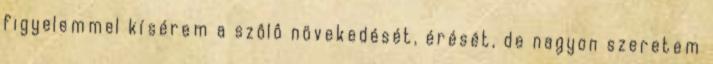
figyelemmel kísérem a szôlô növekedését, érését, de nagyon szeretem